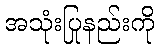
အသုံးပြုနည်းကို